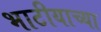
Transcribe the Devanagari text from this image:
भाटीयाच्या